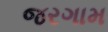
જરગામ